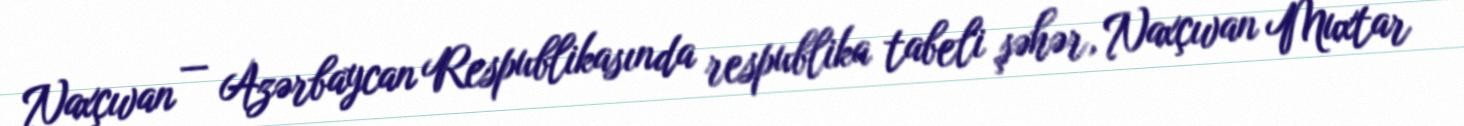
Naxçıvan — Azərbaycan Respublikasında respublika tabeli şəhər, Naxçıvan Muxtar